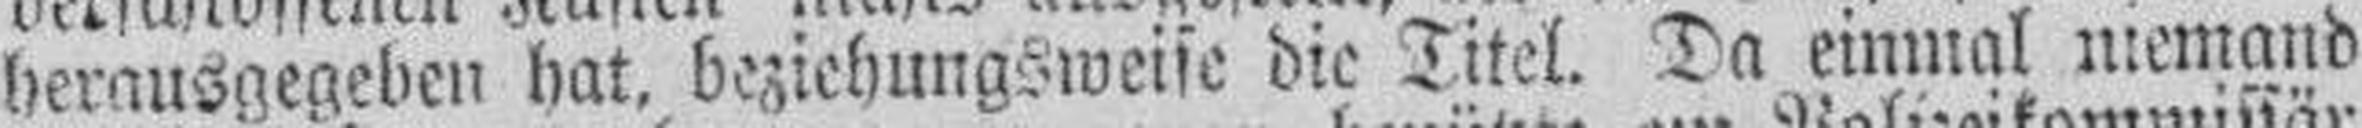
herausgegeben hat, beziehungsweise die Titel. Da einmal niemand